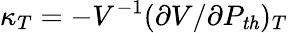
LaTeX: \kappa_{T}=-V^{-1}(\partial V/\partial P_{\mathit{th}})_{T}